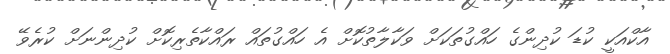
އާކްއަކީ ކުޑަ ކުދިންގެ ހައްގުތަކަށް ވަކާލާތުކޮށް އެ ހައްގުތައް ރައްކާތެރިކޮށް ކުދިންނަށް ކުރެވޭ